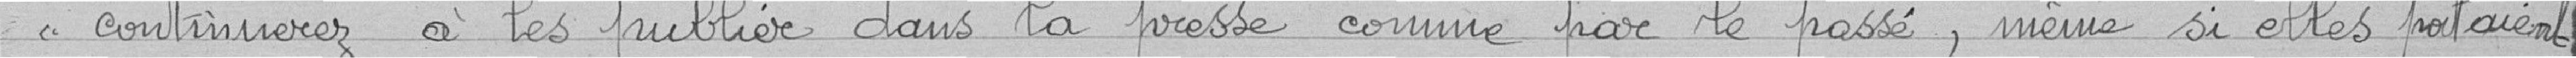
"continuerez à les publier dans la presse comme par le passé, même si elles portaient